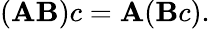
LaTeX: (\mathbf{A}\mathbf{B})c=\mathbf{A}(\mathbf{B}c).